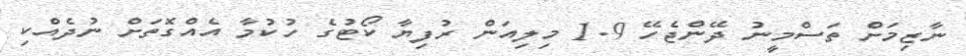
ނާޒިމަށް ތަސްމީނު ދޭންޖެހޭ 1.9 މިލިއަން ރުފިޔާ ކޯޓުގެ ހުކުމާ އެއްގޮތަށް ނުދެއްކި